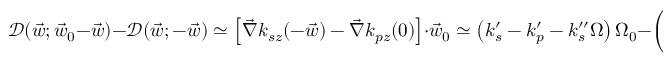
\mathcal D ( \vec { w } ; \vec { w } _ { 0 } - \vec { w } ) - \mathcal D ( \vec { w } ; - \vec { w } ) \simeq \left[ \vec { \nabla } k _ { s z } ( - \vec { w } ) - \vec { \nabla } k _ { p z } ( 0 ) \right] \cdot \vec { w } _ { 0 } \simeq \left( k _ { s } ^ { \prime } - k _ { p } ^ { \prime } - k _ { s } ^ { \prime \prime } \Omega \right) \Omega _ { 0 } - \left( \rho _ { p } \vec { e } _ { x } + \frac { \vec { q } } { k _ { s } } \right) \cdot \vec { q } _ { 0 }